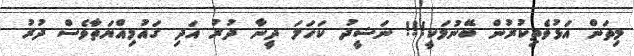
މިތަން އަޅުވެތިކުރުން ބޭނުމަކީ!!! ނަޝީދު ކަހަލަ ދީނާ ދުރު އަދި ގައުމިއްޔަތާވެސް ދުރު